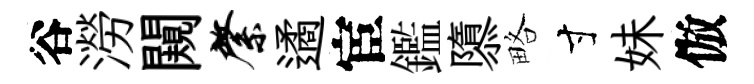
谷澇闚綮遹宦鑑隳略寸妹倣